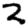
Digit: 2